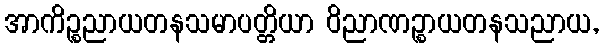
အာကိဉ္စညာယတနသမာပတ္တိယာ ဝိညာဏဉ္စာယတနသညာယ,